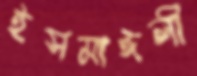
ইসমাঈলী